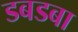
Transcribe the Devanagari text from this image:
डबडबा